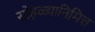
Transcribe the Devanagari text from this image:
सोहळ्यानिमित्त